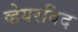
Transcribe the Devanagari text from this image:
व्हेयरविद